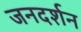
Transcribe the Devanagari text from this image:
जनदर्शन